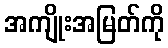
အကျိုးအမြတ်ကို